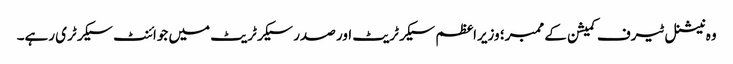
وہ نیشنل ٹیرف کمیشن کے ممبر؛ وزیراعظم سیکرٹریٹ اور صدر سیکرٹریٹ میں جوائنٹ سیکرٹری رہے۔